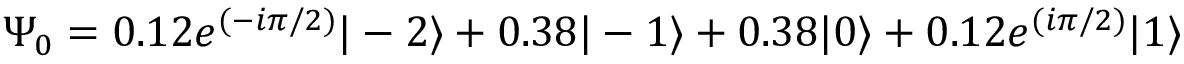
\Psi _ { 0 } = 0 . 1 2 e ^ { ( - i \pi / 2 ) } | - 2 \rangle + 0 . 3 8 | - 1 \rangle + 0 . 3 8 | 0 \rangle + 0 . 1 2 e ^ { ( i \pi / 2 ) } | 1 \rangle